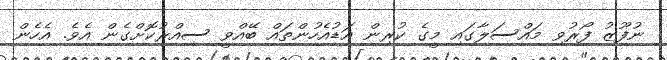
ނުފޫޒު ފޯރުވި މައްސަލާގައި މީގެ ކުރިން އަޑުއެހުންތައް ބޭއްވީ ސިއްރުކޮށްގެން އެވެ. އެހެން